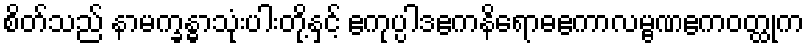
စိတ်သည် နာမက္ခန္ဓာသုံးပါးတို့နှင့် ဧကုပ္ပါဒဧကနိရောဓဧကာလမ္ဗဏဧကဝတ္ထုက